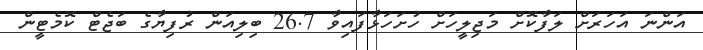
އަންނަ އަހަރަށް ލަފާކޮށް މަޖިލީހަށް ހުށަހަޅާފައިވާ 26.7 ބިލިއަން ރުފިޔާގެ ބަޖެޓް ކޮމެޓީން